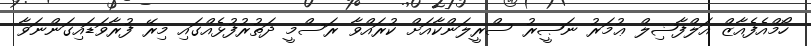
ހޯމްއެފެއާޒް އަލްފާޟިލް ޢުމަރު ނަޞީރު ސްރީލަންކާއަށް ކުރައްވާ ރަސްމީ ދަތުރުފުޅެއްގައި މިރޭ ފުރާވަޑައިގަންނަވާ